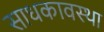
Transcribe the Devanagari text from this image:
साधकावस्था